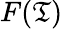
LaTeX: F(\mathfrak{T})